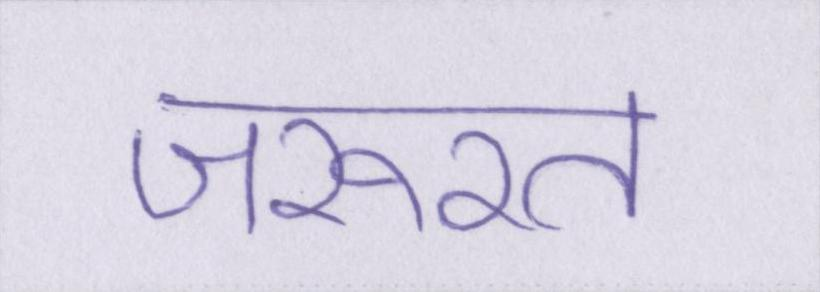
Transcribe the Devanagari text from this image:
जरूरत